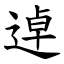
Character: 逴